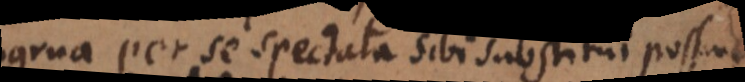
Congrua per se spectata sibi substitui possunt